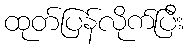
ထုတ်ပြန်လိုက်ပြီး